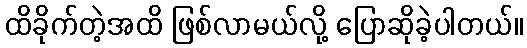
ထိခိုက်တဲ့အထိ ဖြစ်လာမယ်လို့ ပြောဆိုခဲ့ပါတယ်။